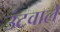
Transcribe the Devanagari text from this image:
उंटवाले